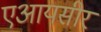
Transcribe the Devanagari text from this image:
एआयसीर